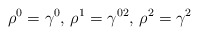
\begin{align*}\rho^0 =\gamma^0,\, \rho^1 =\gamma^{02}, \, \rho^2 = \gamma^2\end{align*}